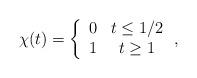
LaTeX: \begin{align*}\chi (t)=\left\{\begin{array}{cc} 0 & t\leq 1/2 \\ 1 & t\geq 1 \end{array} \right. ,\end{align*}